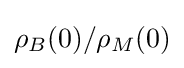
\rho _{B}(0)/\rho _{M}(0)